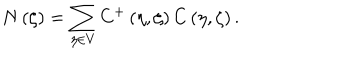
LaTeX: N \left( \zeta \right) = \sum _ { \eta \in V } C ^ { + } \left( \eta , \zeta \right) C \left( \eta , \zeta \right) .